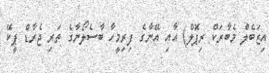
އިޒަބެލް މެބާރަކް ރިޕޮލް) އާއި އޭނާގެ ފިރިމީހާ ބާސެލޯނާގެ ތަރި ޖެރާޑް ޕީކޭ